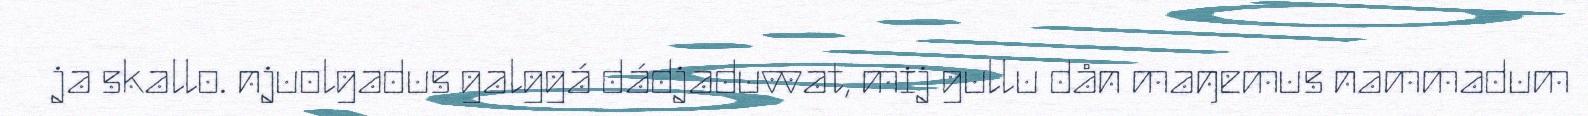
ja skallo. njuolgadus galggá dádjaduvvat, mij gullu dån maŋemus nammadum